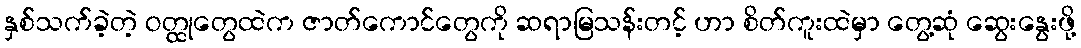
နှစ်သက်ခဲ့တဲ့ ဝတ္ထုတွေထဲက ဇာတ်ကောင်တွေကို ဆရာမြသန်းတင့် ဟာ စိတ်ကူးထဲမှာ တွေ့ဆုံ ဆွေးနွေးဖို့